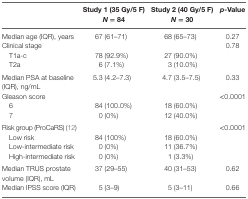
|  | Study 1 (35 Gy/5 F) N = 84 | Study 2 (40 Gy/5 F) N = 30 | p-Value |
 | --- | --- | --- | --- |
 | Median age (IQR), years | 67 (61–71) | 68 (65–73) | 0.27 |
 | Clinical stage |  |  | 0.78 |
 | T1a-c | 78 (92.9%) | 27 (90.0%) |  |
 | T2a | 6 (7.1%) | 3 (10.0%) |  |
 | Median PSA at baseline (IQR), ng/mL | 5.3 (4.2–7.3) | 4.7 (3.5–7.5) | 0.33 |
 | Gleason score |  |  | <0.0001 |
 | 6 | 84 (100.0%) | 18 (60.0%) |  |
 | 7 | 0 (0%) | 12 (40.0%) |  |
 | Risk group (ProCaRS) (12) |  |  | <0.0001 |
 | Low risk | 84 (100%) | 18 (60.0%) |  |
 | Low-intermediate risk | 0 (0%) | 11 (36.7%) |  |
 | High-intermediate risk | 0 (0%) | 1 (3.3%) |  |
 | Median TRUS prostate volume (IQR), mL | 37 (29–55) | 40 (31–53) | 0.62 |
 | Median IPSS score (IQR) | 5 (3–9) | 5 (3–11) | 0.66 |